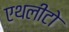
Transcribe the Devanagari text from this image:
एथलीटो